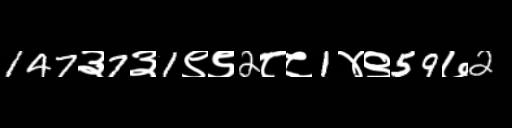
Text: 147३7३1९९2८८1४९59७2